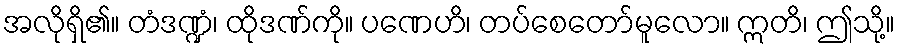
အလိုရှိ၏။ တံဒဏ္ဍံ၊ ထိုဒဏ်ကို။ ပဏေဟိ၊ တပ်စေတော်မူလော။ ဣတိ၊ ဤသို့။